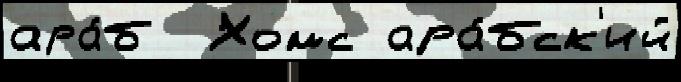
ара́б  Хомс ара́бск'ий